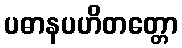
ပဓာနပဟိတတ္တော